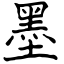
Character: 墨